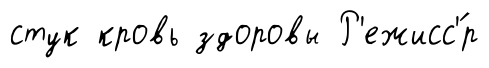
стук кровь здоровы Р'ежисс'́р